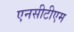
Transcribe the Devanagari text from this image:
एनसीटीएम